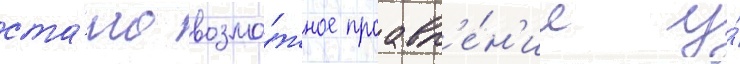
ста́ло возмо́жное проавл'е́н'ие у́